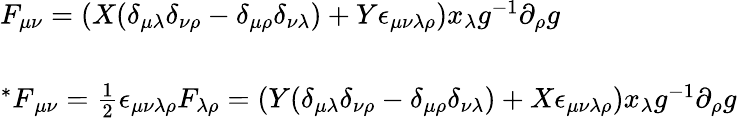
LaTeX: \begin{array}{l}{{F_{\mu\nu}=\left(X(\delta_{\mu\lambda}\delta_{\nu\rho}-\delta_{\mu\rho}\delta_{\nu\lambda})+Y\epsilon_{\mu\nu\lambda\rho}\right)x_{\lambda}g^{-1}\partial_{\rho}g}}\\ {{{}}}\\ {{{{}^{\ast}F}_{\mu\nu}=\textstyle{\frac{1}{2}}\epsilon_{\mu\nu\lambda\rho}F_{\lambda\rho}=\left(Y(\delta_{\mu\lambda}\delta_{\nu\rho}-\delta_{\mu\rho}\delta_{\nu\lambda})+X\epsilon_{\mu\nu\lambda\rho}\right)x_{\lambda}g^{-1}\partial_{\rho}g}}\end{array}